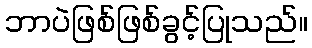
ဘာပဲဖြစ်ဖြစ်ခွင့်ပြုသည်။